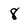
Character: 8